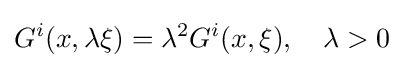
G^{i}(x,\lambda \xi )=\lambda ^{2}G^{i}(x,\xi ),\quad \lambda >0